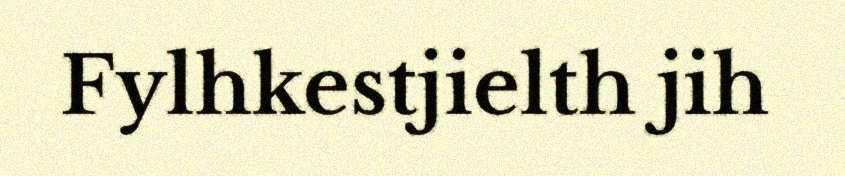
Fylhkestjielth jih